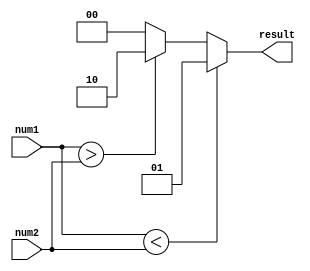
module Inequality_comparator (
    input [7:0] num1,
    input [7:0] num2,
    output reg [1:0] result
);

always @* begin
    if (num1 < num2)
        result = 2'b01;
    else if (num1 > num2)
        result = 2'b10;
    else
        result = 2'b00;
end

endmodule